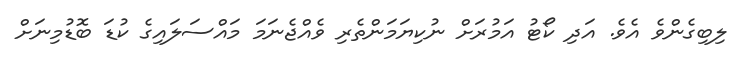
ލިބިގެންވެ އެވެ. އަދި ކޯޓު އަމުރަށް ނުކިޔަމަންތެރި ވެއްޖެނަމަ މައްސަލައިގެ ކުޑަ ބޮޑުމިނަށް